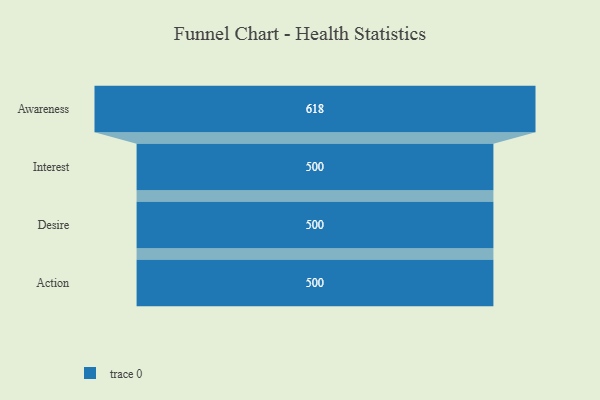
{"axis": {"x": "Stage", "y": "Value"}, "legend": [""], "data": [{"x": "Awareness", "y": 618.0, "type": ""}, {"x": "Interest", "y": 500, "type": ""}, {"x": "Desire", "y": 500, "type": ""}, {"x": "Action", "y": 500, "type": ""}]}